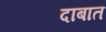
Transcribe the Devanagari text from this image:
दाबात